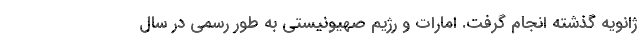
ژانویه گذشته انجام گرفت. امارات و رژیم صهیونیستی به طور رسمی در سال